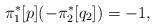
LaTeX: \begin{align*}\pi_1^*[p] (-\pi_2^*[q_2])=-1,\end{align*}